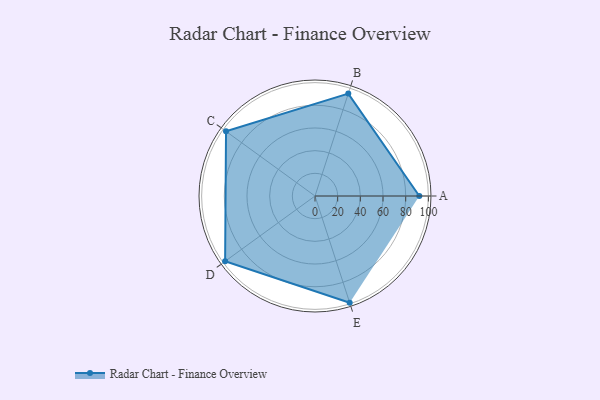
{"axis": {"x": "Skill", "y": "Score"}, "legend": ["Profile"], "data": [{"x": "A", "y": 92.0, "type": "Profile"}, {"x": "B", "y": 95.0, "type": "Profile"}, {"x": "C", "y": 97.0, "type": "Profile"}, {"x": "D", "y": 98.0, "type": "Profile"}, {"x": "E", "y": 99, "type": "Profile"}]}